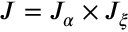
J = J _ { \alpha } \times J _ { \xi }